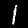
Label: 1